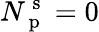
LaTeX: N_{\mathrm{~p~}}^{\mathrm{~s~}}=0